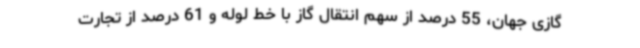
گازی جهان، 55 درصد از سهم انتقال گاز با خط لوله و 61 درصد از تجارت